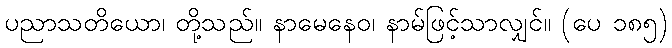
ပညာသတိယော၊ တို့သည်။ နာမေနေဝ၊ နာမ်ဖြင့်သာလျှင်။ (ပေ ၁၈၅)